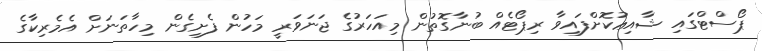
ޕޯސްޓްގައި ޝާއިޢުކޮށްފައިވާ ރިޕޯޓެއް ބުނާގޮތުން މިއަހަރުގެ ޖަނަވަރީ މަހުން ފެށިގެން މިހާތަނަށް އެމެރިކާގެ